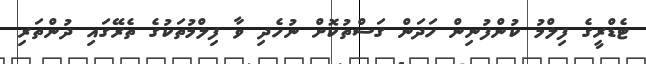
ޓެޑްރީގެ ފިލްމު ކުންފުނިން ހަދަން ގަސްތުކޮށް ނުހެދި ވާ ފިލްމުތަކުގެ ތެރޭގައި ދުންތަރި